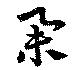
舉